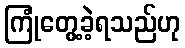
ကြုံတွေ့ခဲ့ရသည်ဟု